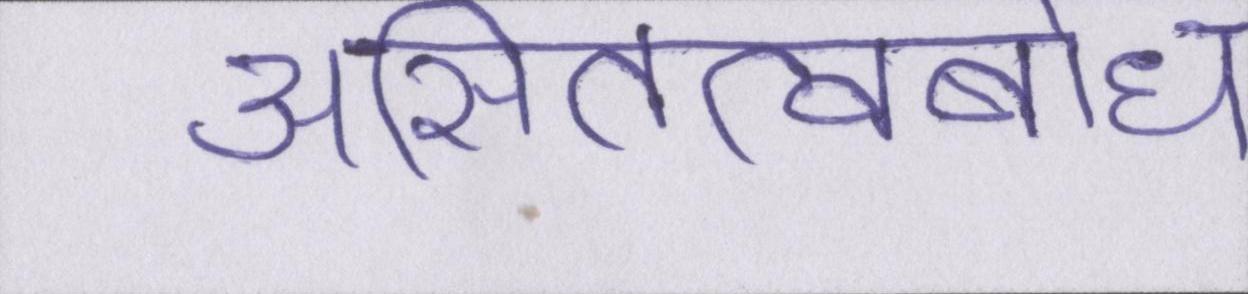
असितत्वबोध